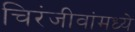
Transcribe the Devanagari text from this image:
चिरंजीवांमध्ये